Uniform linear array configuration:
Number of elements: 12
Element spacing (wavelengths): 0.5
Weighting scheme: hann
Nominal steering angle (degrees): -30
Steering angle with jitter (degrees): -31.679
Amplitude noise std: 0.05
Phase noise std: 0.05

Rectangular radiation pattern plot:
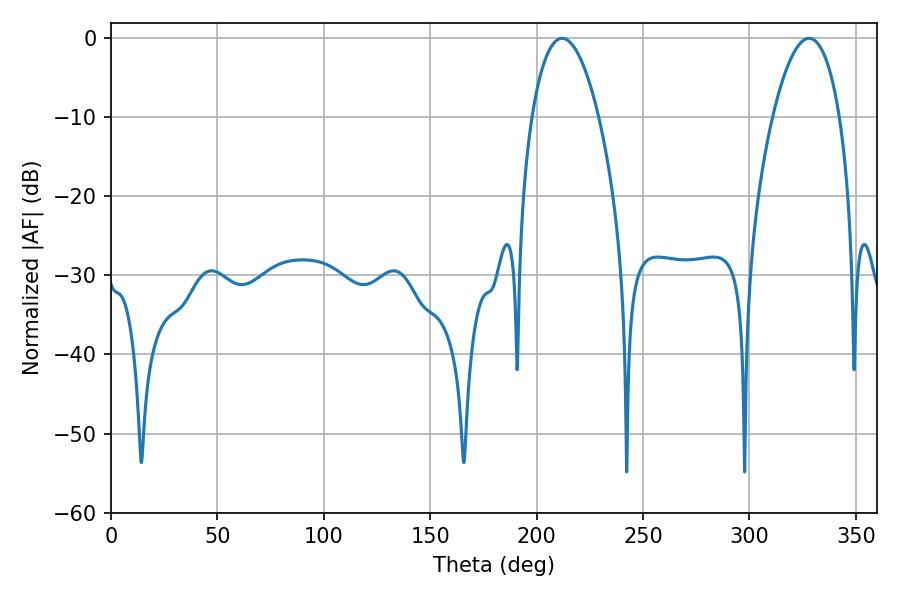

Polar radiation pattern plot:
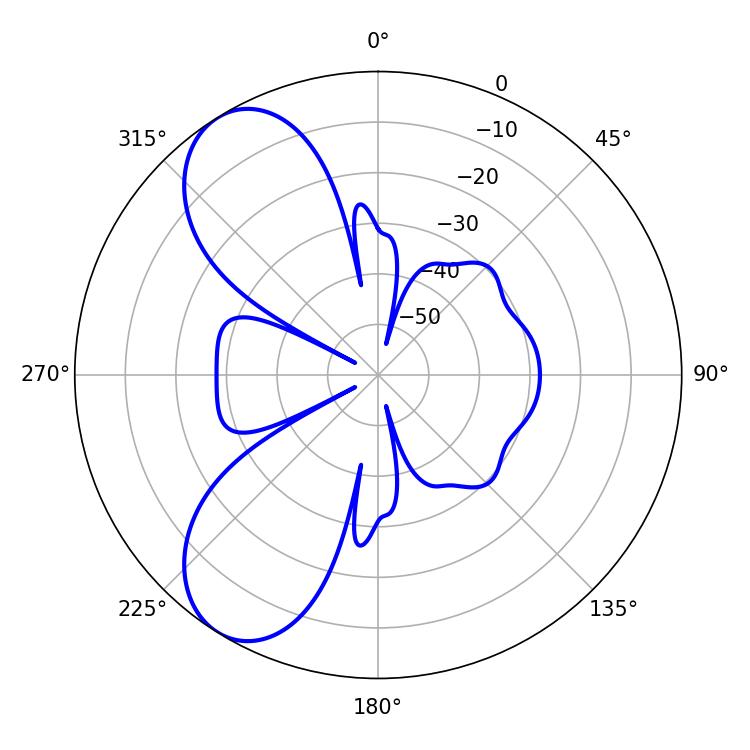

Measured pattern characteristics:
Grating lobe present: FALSE
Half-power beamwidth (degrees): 17.46
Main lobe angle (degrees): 212.04